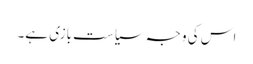
اس کی وجہ سیاست بازی ہے۔